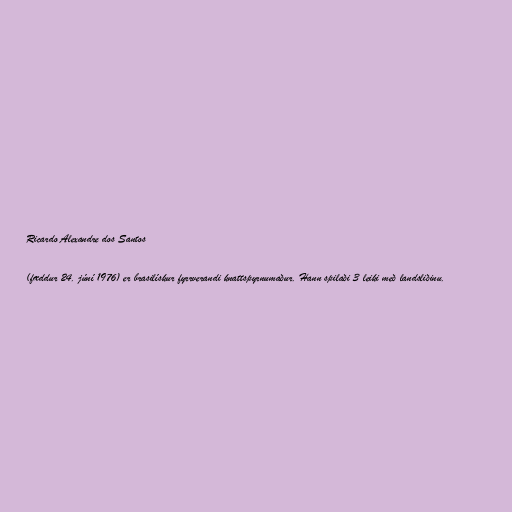
Ricardo Alexandre dos Santos

(fæddur 24. júní 1976) er brasilískur fyrrverandi knattspyrnumaður. Hann spilaði 3 leiki með landsliðinu.